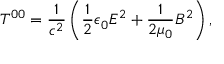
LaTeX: T ^ { 0 0 } = { \frac { 1 } { c ^ { 2 } } } \left( { \frac { 1 } { 2 } } \epsilon _ { 0 } E ^ { 2 } + { \frac { 1 } { 2 \mu _ { 0 } } } B ^ { 2 } \right) ,